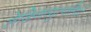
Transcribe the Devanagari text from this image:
लेकिनव्युत्पत्तियों